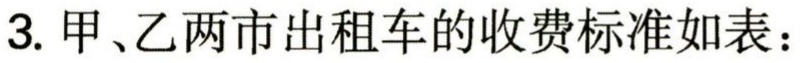
3. 甲、乙两市出租车的收费标准如表：